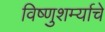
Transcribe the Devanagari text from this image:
विष्णुशर्म्याचे